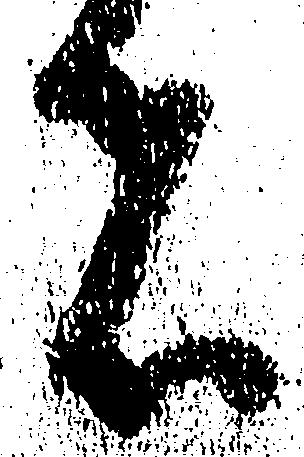
者